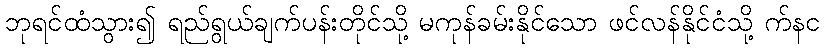
ဘုရင်ထံသွား၍ ရည်ရွယ်ချက်ပန်းတိုင်သို့ မကုန်ခမ်းနိုင်သော ဖင်လန်နိုင်ငံသို့ က်နင